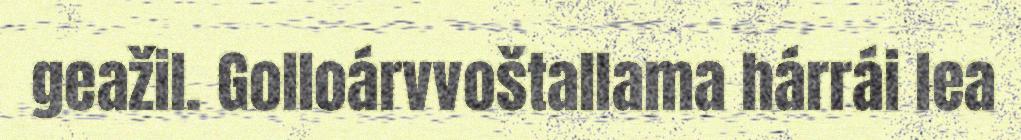
geažil. Golloárvvoštallama hárrái lea